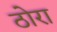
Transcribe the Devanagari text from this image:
ठोरा